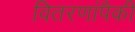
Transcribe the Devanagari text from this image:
वितरणांपैकी